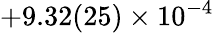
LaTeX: +9.32(25)\times 10^{-4}